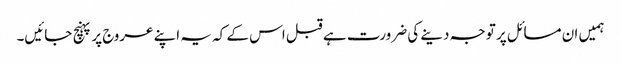
ہمیں ان مسائل پر توجہ دینے کی ضرورت ہے قبل اس کے کہ یہ اپنے عروج پر پہنچ جائیں۔